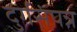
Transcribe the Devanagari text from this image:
दुर्गसंपन्न